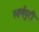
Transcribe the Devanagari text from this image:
स्वर्णपुरी